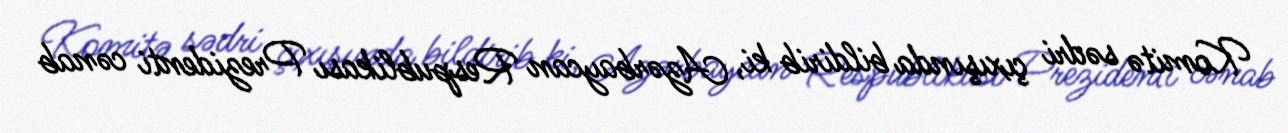
Komitə sədri çıxışında bildirib ki, Azərbaycan Respublikası Prezidenti cənab